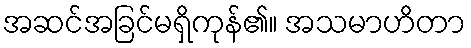
အဆင်အခြင်မရှိကုန်၏။ အသမာဟိတာ